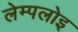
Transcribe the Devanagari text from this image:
लेम्पलोइ